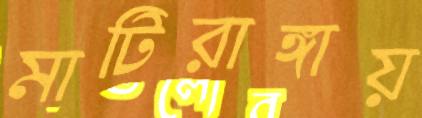
মাটিরাঙ্গায়